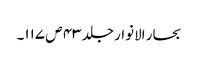
بحار الانوار جلد ۴۳ ص ۱۱۷۔